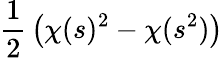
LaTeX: {\frac{1}{2}}\left(\chi(s)^{2}-\chi(s^{2})\right)